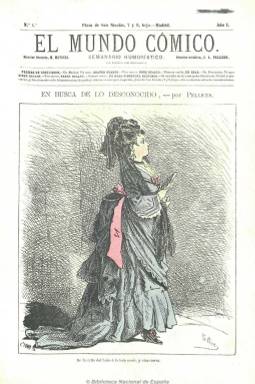
Título: El Mundo cómico
Colección: Revistas satíricas y humorísticas
Ámbito geográfico: Madrid
Lugar de publicación: Madrid
Fechas: 03/11/1872-25/03/1876

Con el subtítulo “semanario humorístico ilustrado” es fundado por el pintor, dibujante y caricaturista festivo barcelonés José Luis Pellicer Feñé (1842-1901) y el periodista y autor dramático Manuel Matoses (1844-1901), siendo el primero el director artístico y apareciendo el segundo como director literario de una publicación profusamente ilustrada que supondrá un punto de inflexión en el uso del género de la historieta en España y en la introducción de los denominados “monos”. A través de sus ocho páginas por entrega, que aparecerían cada sábado, Pellicer será como el cronista gráfico de la vida cotidiana y las costumbres sociales madrileñas de la burguesía de la época, mientras que Luque, uno de los muchos otros dibujantes que le acompañan en esta aventura editorial, se caracterizará por retratar tipos más populares.

Aparece su primer número el tres de noviembre de 1872, en pleno periodo revolucionario, y será estampado en varias imprentas hasta su desaparición, con toda probabilidad, en 1876, siendo su entrega de 25 de marzo de este año la última de la colección en la Biblioteca Nacional de España. No se había publicado durante los meses de noviembre y diciembre de 1875, pero continuó haciéndolo algunos después del golpe del general Martínez Campos en Sagunto y del comienzo de la Restauración.

Para José María López Ruiz (1995 y 2006), principal estudioso de este tipo de publicaciones humorísticas, el semanario de Pellicer es uno de los más “serios” dentro de los cómicos del periodo, tanto por su formato de magazín y factura de sus ilustraciones como por el tipo de humor blanco que practicaba. Con una portada ocupada completamente por un dibujo (generalmente de Pellicer) estampado a varias tintas (y, por tanto, a color), es una revista lujosa, en donde se repiten los famosos “tipos”, estudios al natural de la gente de la calle, que llegan a ocupar casi el ochenta por ciento del espacio, siendo sus chistes más literarios que gráficos, pues lo alegre y divertido se encuentra en los breves textos de los pies, escritos con un estilo gracioso equívoco, con doble o triple sentido, con sobreentendidos y guiños a un lector que se sabía “enterado”.

Compuesto a dos columnas, la parte textual o literaria bascula entre el cuento breve, los poemas (sonetos, cantares o letrillas), anécdotas, epigramas y charadas, al final, aunque también ofrece información sobre el movimiento literario.

Entre sus colaboradores literarios aparecen el citado Matoses, así como Blasco, Aza, Barrera, Bustillo, Escrich, Nombela, Ferrán, Lerroux, Manuel y Eduardo del Palacio, Ruiz Aguilera, Trueba, Luis Bernís, Constantino Gil, J.F. Sanmartin y Aguirre, J.M. Loredo, Ximénez Cros, Eusebio Sierra, José Fernández Bremen, o el cronista festivo Luis Taboada (1846-1906), entre otros. Entre sus colaboradores artísticos, dibujantes y caricaturistas se encuentran, además del citado Luque, Arnoldo, Bordallo Pinheiro, Eriz, Giménez, Jorreto, Martínez, Perea, Ponzano, Sojo, Urrabieta, Teruel, Combi, Domingo, Hernández, Rabean (Ravena), Urrutia,  Félix, así como Francisco Cubas, que también publica historietas como Pellicer, o el caricaturista Ramón Cilla y Pérez, entre otros.

Matoses será sustituido en la dirección literaria de la publicación por M. Villanueva en agosto de 1873. A éste les sustituye a final de ese mes Arturo Cotarelo, apareciendo en enero de 1874 como nuevo director literario el periodista y escritor costumbrista zaragozano Ricardo Sepúlveda (1846-1909). Éste, a su vez,  será sustituido por Juan J. Villanueva, hasta que en enero de 1876 adquiere la publicación Félix Jaime y Mainar, que asume la dirección artística, mientras que el periodista y autor teatral Miguel Ramos Carrión (1848-1915), la dirección literaria.

Algunas imágenes cedidas por TECNODOC.